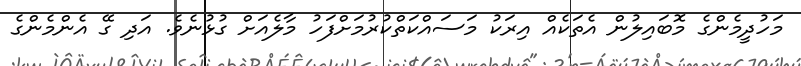
މަހުދީމެންގެ މޮބައިލުން އެތަކެއް އިރަކު މަސައްކަތްކުރުމަށްފަހު މާލެއަށް ގުޅުނެވެ. އަދި ގޭ އެންމެންގެ